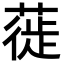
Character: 蓰